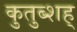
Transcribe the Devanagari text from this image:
कुतुब्शह्